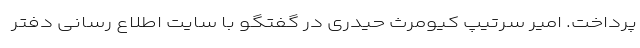
پرداخت. امیر سرتیپ کیومرث حیدری در گفتگو با سایت اطلاع رسانی دفتر